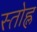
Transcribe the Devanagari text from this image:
स्तोह्ल